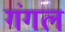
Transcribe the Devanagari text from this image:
गंगल